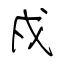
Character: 戍